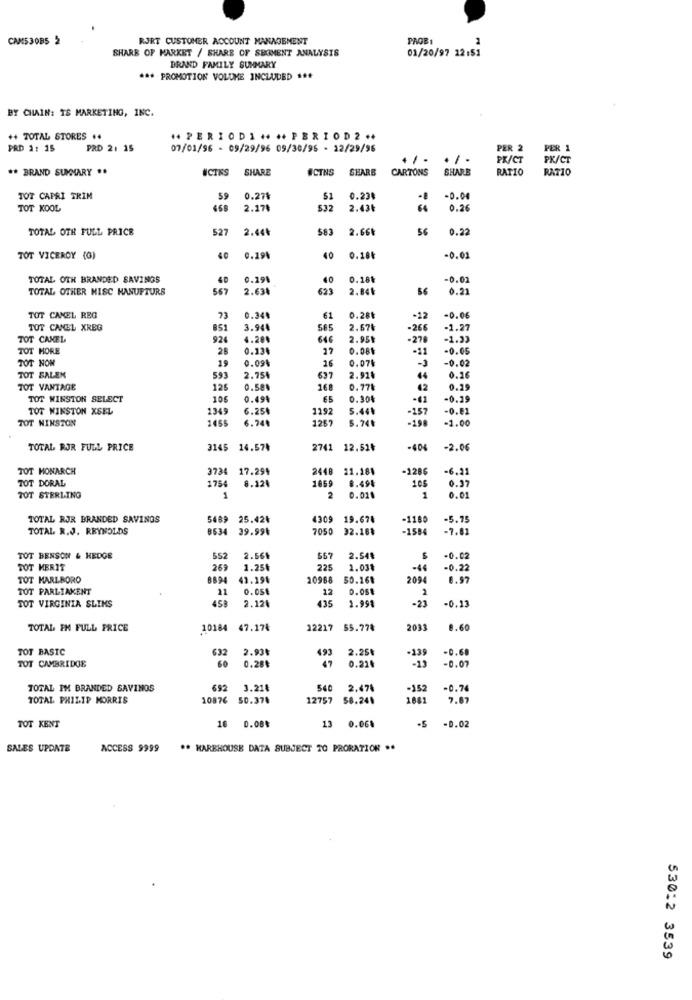
CAMS30B5 2
RJRT CUSTOMER ACCOUNT MANAGEMENT
PAGE1
SHARE OF MARKET / SHARE OF SBOMENT ANALYSIS
01/20/97 12:51
BRAND FAMILY SUMMARY
*** PROMOTION VOLUME INCLUDED ***
BY CHAIN: T& MARKETING, INC.
++ TOTAL STORES ..
PERIODI *** PERIOD2 ..
PRD 1: 15
PRD 21 15
07/01/96 - 09/29/96 09/30/95 - 12/29/96
PER 2
PER 1
+ / -
./ .
PK/CT
PK/CT
** BRAND SUMMARY ..
NCIES
SHARE
#CTNS
SHARE
CARTONS
SHARE
RATIO
RATIO
TOT CAPRI TRIM
0.278
$1
0.23
-0.00
TOT KOOL
2.17₺
532
2.43₺
64
0.26
TOTAL OTH FULL PRICE
527
2.44₺
583
2.668
0.22
TOT VICEROY (G)
40
0.194
40
0.18
-0.01
TOTAL OTH BRANDED SAVINGS
40
0.29
40
0.181
0.02
TOTAL OTHER MISC HANUFTURS
567
2.63₺
623
2.04€
56
0.21
TOT CANEL REG
73
0.34
61
0.281
-12
-0.00
TOT CANEL XREG
851
3.94
585
2.67
-266
-1.27
TOT CANEL
924
4.28
546
2.95
-270
-1.33
TOT MORE
28
0.13
22
0.081
-11
-0.05
TOT NOM
19
0.094
16
0.07
-J
-0.02
TOT BALEN
593
637
2.91
44
0.16
TOT VANTAGE
125
0.58
168
0.77
42
0.29
TOT WINSTON SELECT
106
0.494
0.30
-61
-0.29
TOT WINSTON XSEL
1349
6.25₺
1197
5.44
-157
-0.81
TOT WINSTON
1455
6.749
1267
5.241
-198
-1.00
TOTAL BOR FULL PRICE
3145 14.57₺
2741 12.51₺
-404
-2.06
TOT MONARCH
3734
17.294
2448
11.184
-1286
6.21
TOT DORAL
1754
8.124
1669
8.494
106
0.37
0.01
TOT STERLING
1
2
0.02.
1
TOTAL RJR BRANDED SAVINGS
5489
25.424
4309
19.678
-1180
-5.75
TOTAL R.J. REYNOLDS
8534 39.99₺
7050
32.168
-1584
-7.81
TOT BENSON & HEDGE
552
2.56
567
2.54₺
-0.02
TOT MERIT
269
1.25
225
1.03
-44
-0.22
TOT MARLBORO
8894
41.194
20968
50.168
209
8.97
TOT PARLIAKENT
21
0.05€
12
450
2.120
435
1.998
-23
-0.13
TOT VIRGINIA SLIMS
TOTAL FH FULL PRICE
10184
47.174
12217
55.774
2031
8.60
TOT BASIC
632
2.93
493
2.25%
-0.68
60
0.28₺
47
0.224
-139
-0.07
TOT CAMBRIDGE
TOTAL IM BRANDED SAVINGS
692
3.21€
540
2.474
-152
-0.74
TOTAL PHILIP MORRIS
10876
50.378
12757
58.241
1881
7.87
13
TOT KENT
0.08%
0.00%
.S
-0.02
SALES UPDATE
ACCESS 9999
** MAREHOUSE DATA SUBJECT TO PRORATION ..
530:2 3539